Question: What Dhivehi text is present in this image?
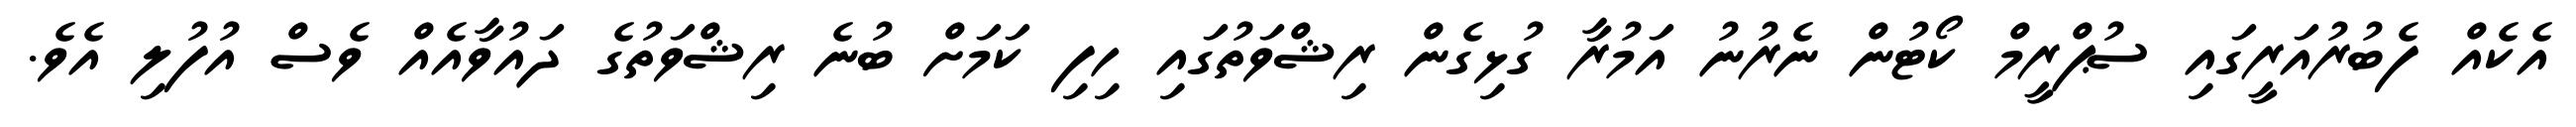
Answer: އެކެއް ފެބުރުއަރީގައި ސުޕްރީމް ކޯޓުން ނެރުނު އަމުރާ ގުޅިގެން ރިޝްވަތުގައި ހިފި ކަމަށް ބުނެ ރިޝްވަތުގެ ދައުވާއެއް ވެސް އުފުލި އެވެ.